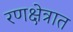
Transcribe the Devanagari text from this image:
रणक्षेत्रात